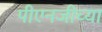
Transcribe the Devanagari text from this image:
पीएनजीच्या